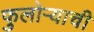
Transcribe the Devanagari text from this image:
फुलोऱ्याची